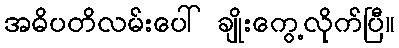
အဓိပတိလမ်းပေါ် ချိုးကွေ့လိုက်ပြီ။